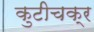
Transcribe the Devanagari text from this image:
कुटीचक्र